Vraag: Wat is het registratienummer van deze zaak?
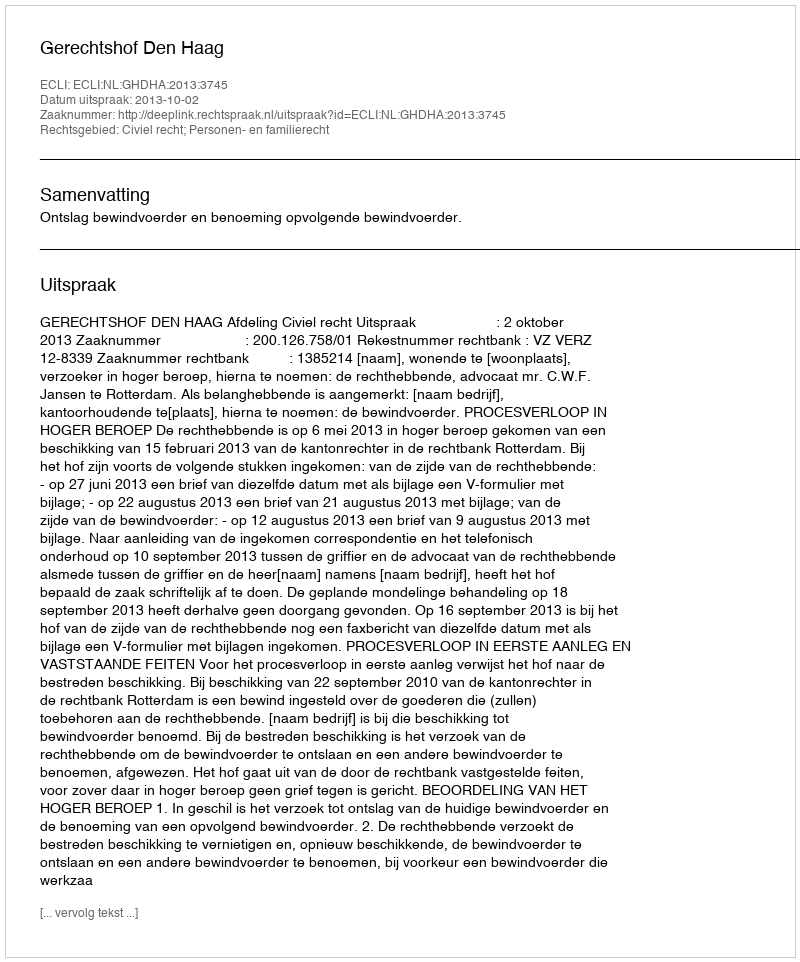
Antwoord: http://deeplink.rechtspraak.nl/uitspraak?id=ECLI:NL:GHDHA:2013:3745